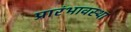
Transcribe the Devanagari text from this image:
प्रारंभावस्था